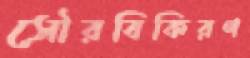
সৌরবিকিরণ